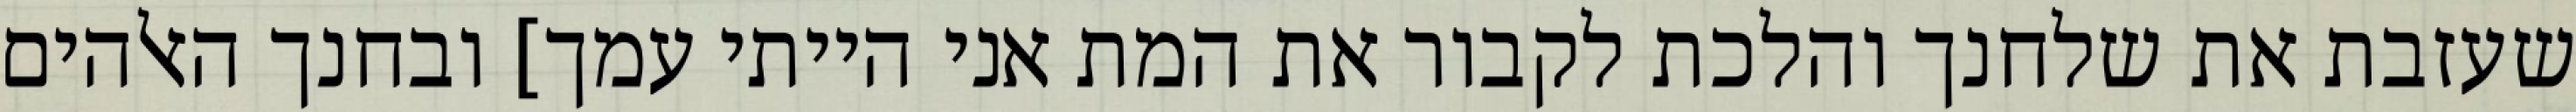
שעזבת את שלחנך והלכת לקבור את המת אני הייתי עמך] ובחנך האלהים